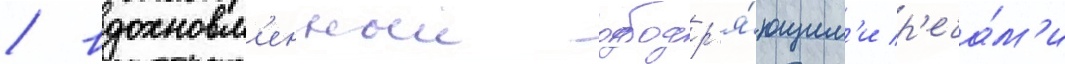
/ вдохновл'енныи ободр'я́ющим'и р'еча́м'и